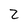
Character: 2